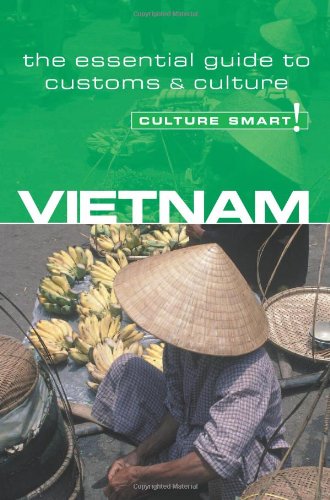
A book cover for Vietnam - Culture Smart!: the essential guide to customs & culture; Geoffrey Murray; Business & Money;